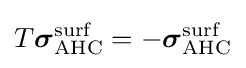
T{\boldsymbol {\sigma }}_{\text{AHC}}^{\text{surf}}=-{\boldsymbol {\sigma }}_{\text{AHC}}^{\text{surf}}